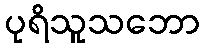
ပုရိသူသဘော